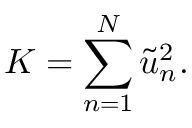
K = \sum _ { n = 1 } ^ { N } \tilde { u } _ { n } ^ { 2 } .